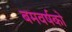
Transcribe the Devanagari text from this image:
बमवर्षको